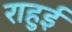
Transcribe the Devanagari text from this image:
राहुई